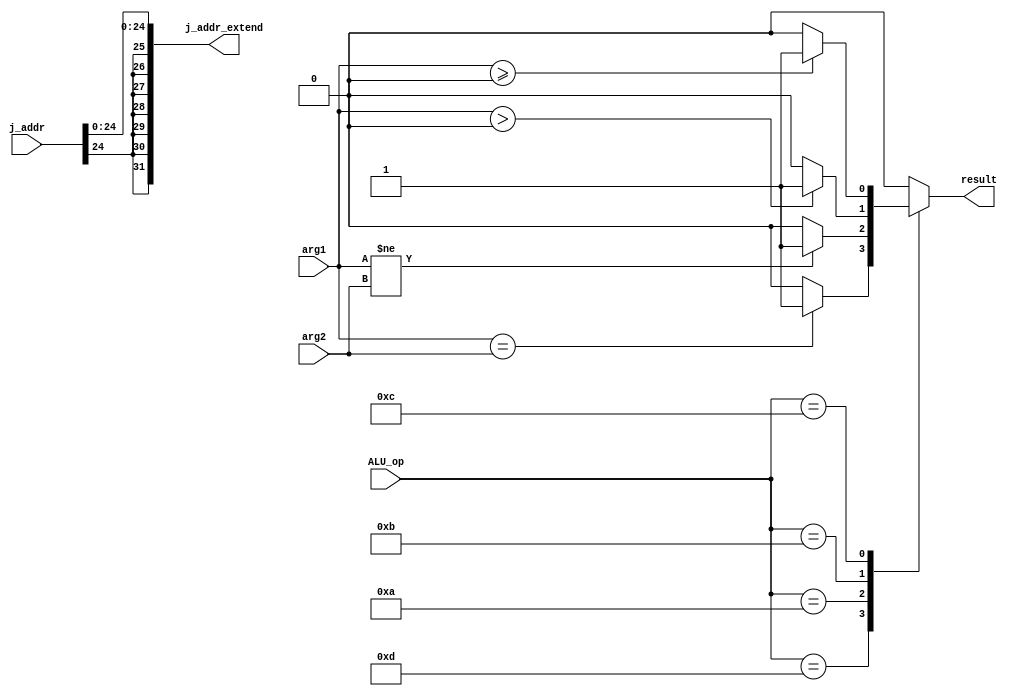
/*

Five Stage Pipeline Branch ALU

Zach Haviland

Five stage pipeline aritmetic logic unit used to execute logic
*/

module Branch_Control(
	input wire [31:0] arg1, //RS
	input wire [31:0]  arg2, //RD or RT or immediate value depending on the instruction
	input wire[4:0] ALU_op,
	input wire[25:0] j_addr, 
	output reg result,
	output reg [31:0] j_addr_extend
	
	



);

reg signed [31:0] temp;
reg signed [31:0] branch_temp;
	/*
	Branch control opcode table
	bne : 01010
	bgtz: 01011
	bgez: 01100
	beq : 01101
	*/
	always @(*) begin
		branch_temp <= arg1;
		case(ALU_op)
			default  : result <= 0; //things that are not branch instructions
			5'b01101 : result <= (arg1 == arg2) ? 1:0; //beq
			5'b01010 : result <= (arg1 != arg2) ? 1:0;//bne
			5'b01011 : result <= (branch_temp > 0) ? 1:0;//bgtz
			5'b01100 : result <= (branch_temp >= 0) ? 1:0;//bgez
			
		endcase
		temp[31:7] <= j_addr;
		j_addr_extend <= temp >>> 7;
		
	end

	
	
endmodule